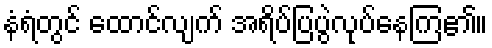
နံရံတွင် ထောင်လျက် အရိပ်ပြပွဲလုပ်နေကြ၏။